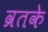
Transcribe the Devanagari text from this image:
व्रतके